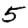
Digit: 5